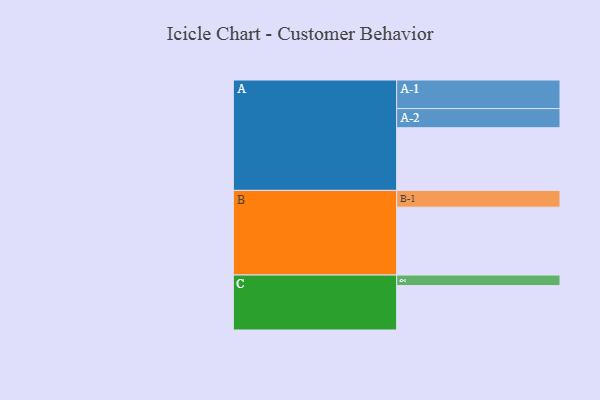
{"axis": {"x": "Segment", "y": "Value"}, "legend": ["", "A", "B", "C"], "data": [{"x": "A", "y": 504, "type": ""}, {"x": "B", "y": 546, "type": ""}, {"x": "C", "y": 357, "type": ""}, {"x": "A-1", "y": 230, "type": "A"}, {"x": "A-2", "y": 154, "type": "A"}, {"x": "B-1", "y": 135, "type": "B"}, {"x": "C-1", "y": 85, "type": "C"}]}